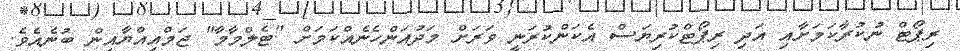
ރިޕޯޓް ނުކުރާކަމަށާއި އަދި ރިޕޯޓްކުރިޔަސް އެކަންކުރަނީ ވަރަށް މަދުއަންހެނެއްކަމަށް "ޓެލްމާމާ" ޖަމްއިއްޔާއިން ބުނެއެވެ.